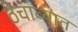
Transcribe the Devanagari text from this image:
ठेचाव्यात